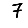
Digit: 7